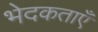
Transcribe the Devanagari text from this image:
भेदकताएँ